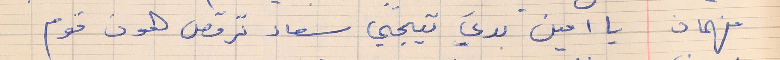
فهمان    يا امين بديَ تيجي سعاد ترقص هون قوم